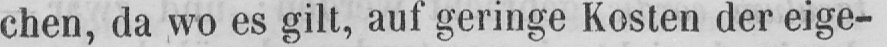
chen, da wo es gilt, auf geringe Kosten der eige-